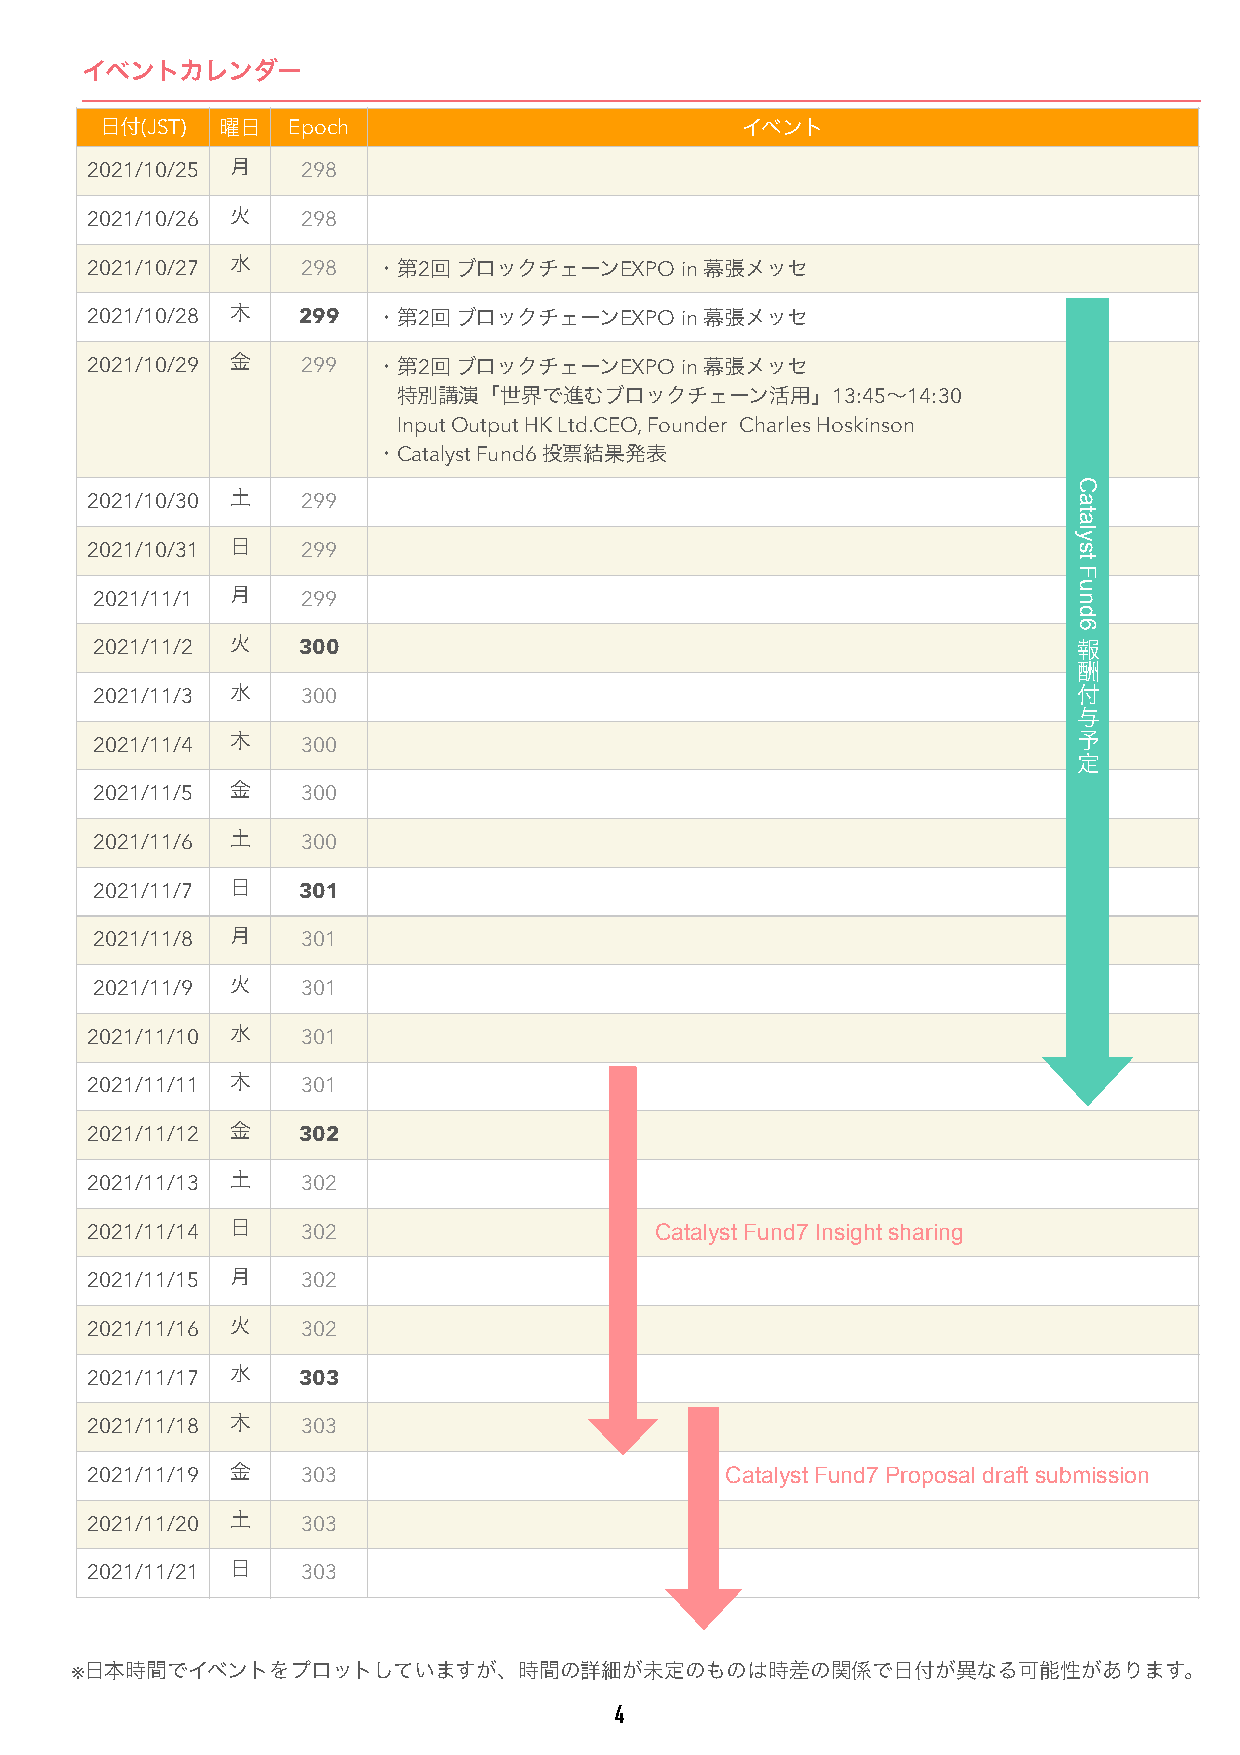
イベントカレンダー
 日付(JST) 曜日  Epoch                         イベント
 月
 2021/10/25    298
 火
 2021/10/26    298
 2021/10/27 水  298  ・第2回 ブロックチェーンEXPO   in 幕張メッセ
 2021/10/28 木  299  ・第2回 ブロックチェーンEXPO   in 幕張メッセ
 2021/10/29 金  299  ・第2回 ブロックチェーンEXPO   in 幕張メッセ
 特別講演「世界で進むブロックチェーン活用」13:45〜14:30
 Input Output HK Ltd.CEO, Founder Charles Hoskinson
 ・Catalyst Fund6 投票結果発表
 土
 2021/10/30    299
 日
 2021/10/31    299
 月
 2021/11/1     299
 2021/11/2 火   300                                                報
 酬
 水                                                       付
 2021/11/3     300
 与
 木                                                       予
 2021/11/4     300
 定
 金
 2021/11/5     300
 土
 2021/11/6     300
 日
 2021/11/7     301
 月
 2021/11/8     301
 火
 2021/11/9     301
 水
 2021/11/10    301
 木
 2021/11/11    301
 金
 2021/11/12    302
 土
 2021/11/13    302
 2021/11/14 日  302                    Catalyst Fund7 Insight sharing
 月
 2021/11/15    302
 火
 2021/11/16    302
 水
 2021/11/17    303
 木
 2021/11/18    303
 2021/11/19 金  303                         Catalyst Fund7 Proposal draft submission
 土
 2021/11/20    303
 日
 2021/11/21    303
 ※日本時間でイベントをプロットしていますが、時間の詳細が未定のものは時差の関係で日付が異なる可能性があります。
 4
 Catalyst
 Fund6